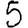
Digit: 5